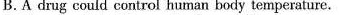
B.A drug could control human body temperature.